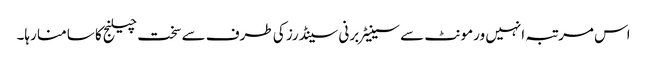
اس مرتبہ انہیں ورمونٹ سے سینیٹر برنی سینڈرز کی طرف سے سخت چیلنج کا سامنا رہا۔